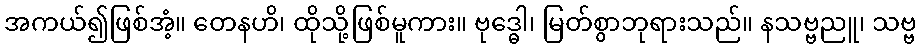
အကယ်၍ဖြစ်အံ့။ တေနဟိ၊ ထိုသို့ဖြစ်မူကား။ ဗုဒ္ဓေါ၊ မြတ်စွာဘုရားသည်။ နသဗ္ဗညူ၊ သဗ္ဗ